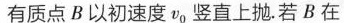
有质点B以初速度v0竖直上抛。若B在